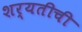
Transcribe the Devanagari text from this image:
शर्यतीची